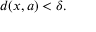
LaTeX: d ( x , a ) < \delta .